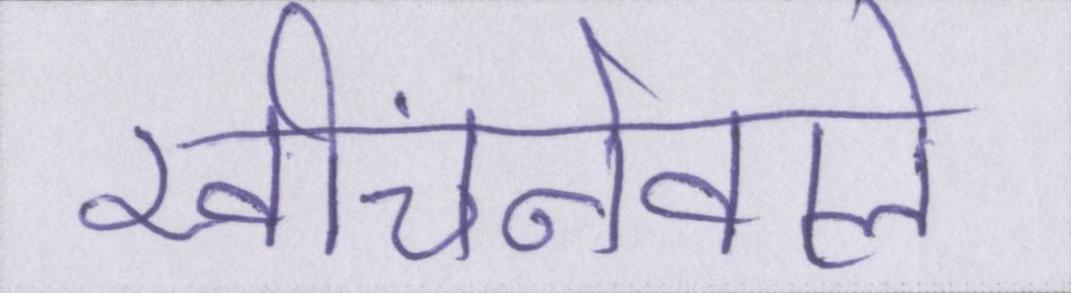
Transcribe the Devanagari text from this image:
खींचनेवाले